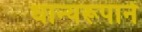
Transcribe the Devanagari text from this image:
धान्‍यरूपाने